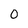
Character: 0